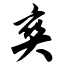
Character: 爽